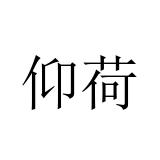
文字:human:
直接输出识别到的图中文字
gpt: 仰荷